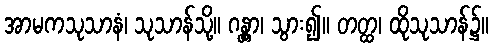
အာမကသုသာနံ၊ သုသာန်သို့။ ဂန္တွာ၊ သွား၍။ တတ္ထ၊ ထိုသုသာန်၌။